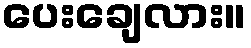
ပေးချေလား။